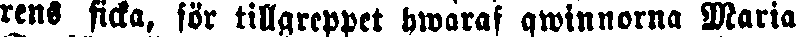
rens ficka, för tillgreppet hwaraf qwinnorna Maria